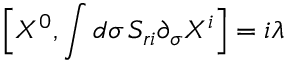
\Big [ X ^ { 0 } , \int d \sigma \, S _ { r i } \partial _ { \sigma } X ^ { i } \Big ] = i \lambda